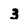
Character: 3